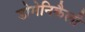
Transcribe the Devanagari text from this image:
डोमेनिकैली